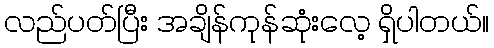
လည်ပတ်ပြီး အချိန်ကုန်ဆုံးလေ့ ရှိပါတယ်။